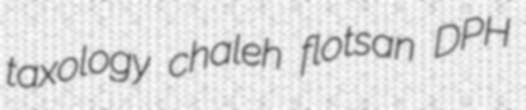
taxology chaleh flotsan DPH